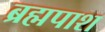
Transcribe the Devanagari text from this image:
ब्रह्मपाश